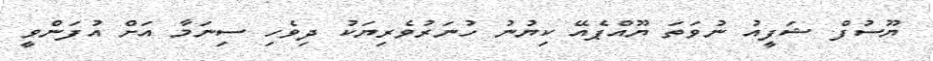
ޔޫސުފް ޝަފީއު ނުވަތަ ޔޫއްޕެއޭ ކިޔުނު ހުނަރުވެރިޔަކު ދިވެހި ސިނަމާ އަށް އުފަންވީ